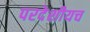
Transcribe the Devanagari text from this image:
परदेशीयच